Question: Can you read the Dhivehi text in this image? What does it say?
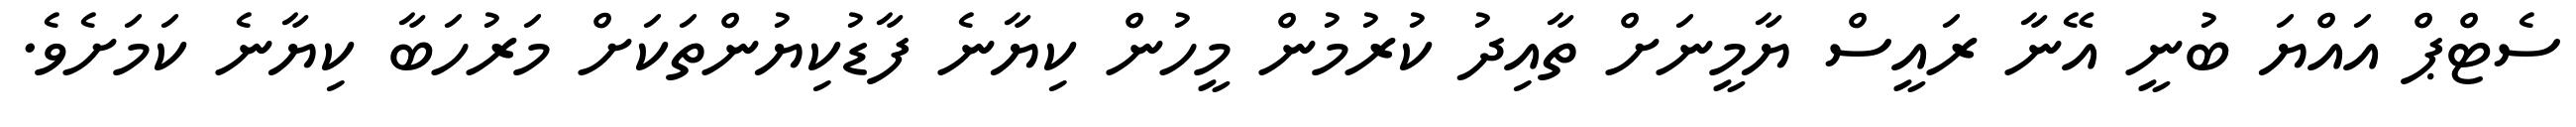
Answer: ސެޓްޕް އައްޔަ ބުނީ އޭނާ ރައީސް ޔާމީނަށް ތާއިދު ކުރުމުން މީހުން ކިޔާނެ ފާޑުކިޔުންތަކަށް މަރުހަބާ ކިޔާނެ ކަމަށެވެ.